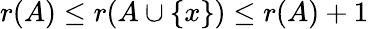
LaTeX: r(A)\leq r(A\cup\{ x\} )\leq r(A)+1